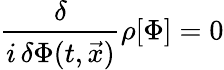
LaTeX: {\frac{\delta}{i\, \delta\Phi(t,\vec{x})}}\rho[\Phi]=0